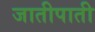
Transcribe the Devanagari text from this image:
जातीपाती